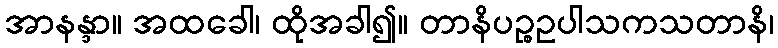
အာနန္ဒာ။ အထခေါ၊ ထိုအခါ၍။ တာနိပဉ္စဥပါသကသတာနိ၊